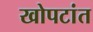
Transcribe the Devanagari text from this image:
खोपटांत